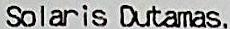
SOLARIS DUTAMAS.